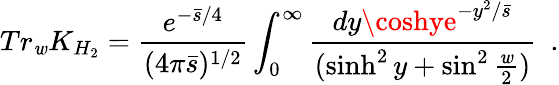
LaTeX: Tr_{\mathit{w}}K_{H_{2}}={\frac{{e^{-{\bar{{s}}/4}}}}{{(4\pi\bar{{s}})^{1/2}}}}\int_{0}^{\infty}{\frac{{dy\coshye^{-{y^{2}/\bar{{s}}}}}}{{(\sinh^{2}y+\sin^{2}{\frac{{\mathit{w}}}{{2}}})}}}~~.